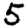
Digit: 5